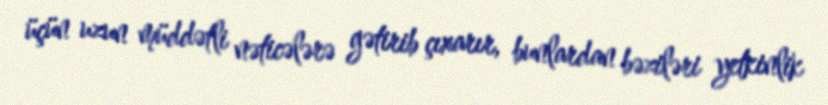
üçün uzun müddətli nəticələrə gətirib çıxarır, bunlardan bəziləri yetkinlik